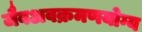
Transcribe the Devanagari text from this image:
जैवअवक्रमणयोग्य